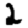
Digit: 2